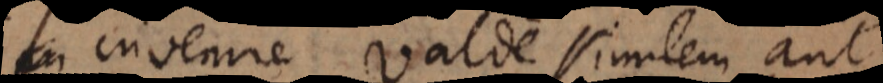
am invenire valde similem aut